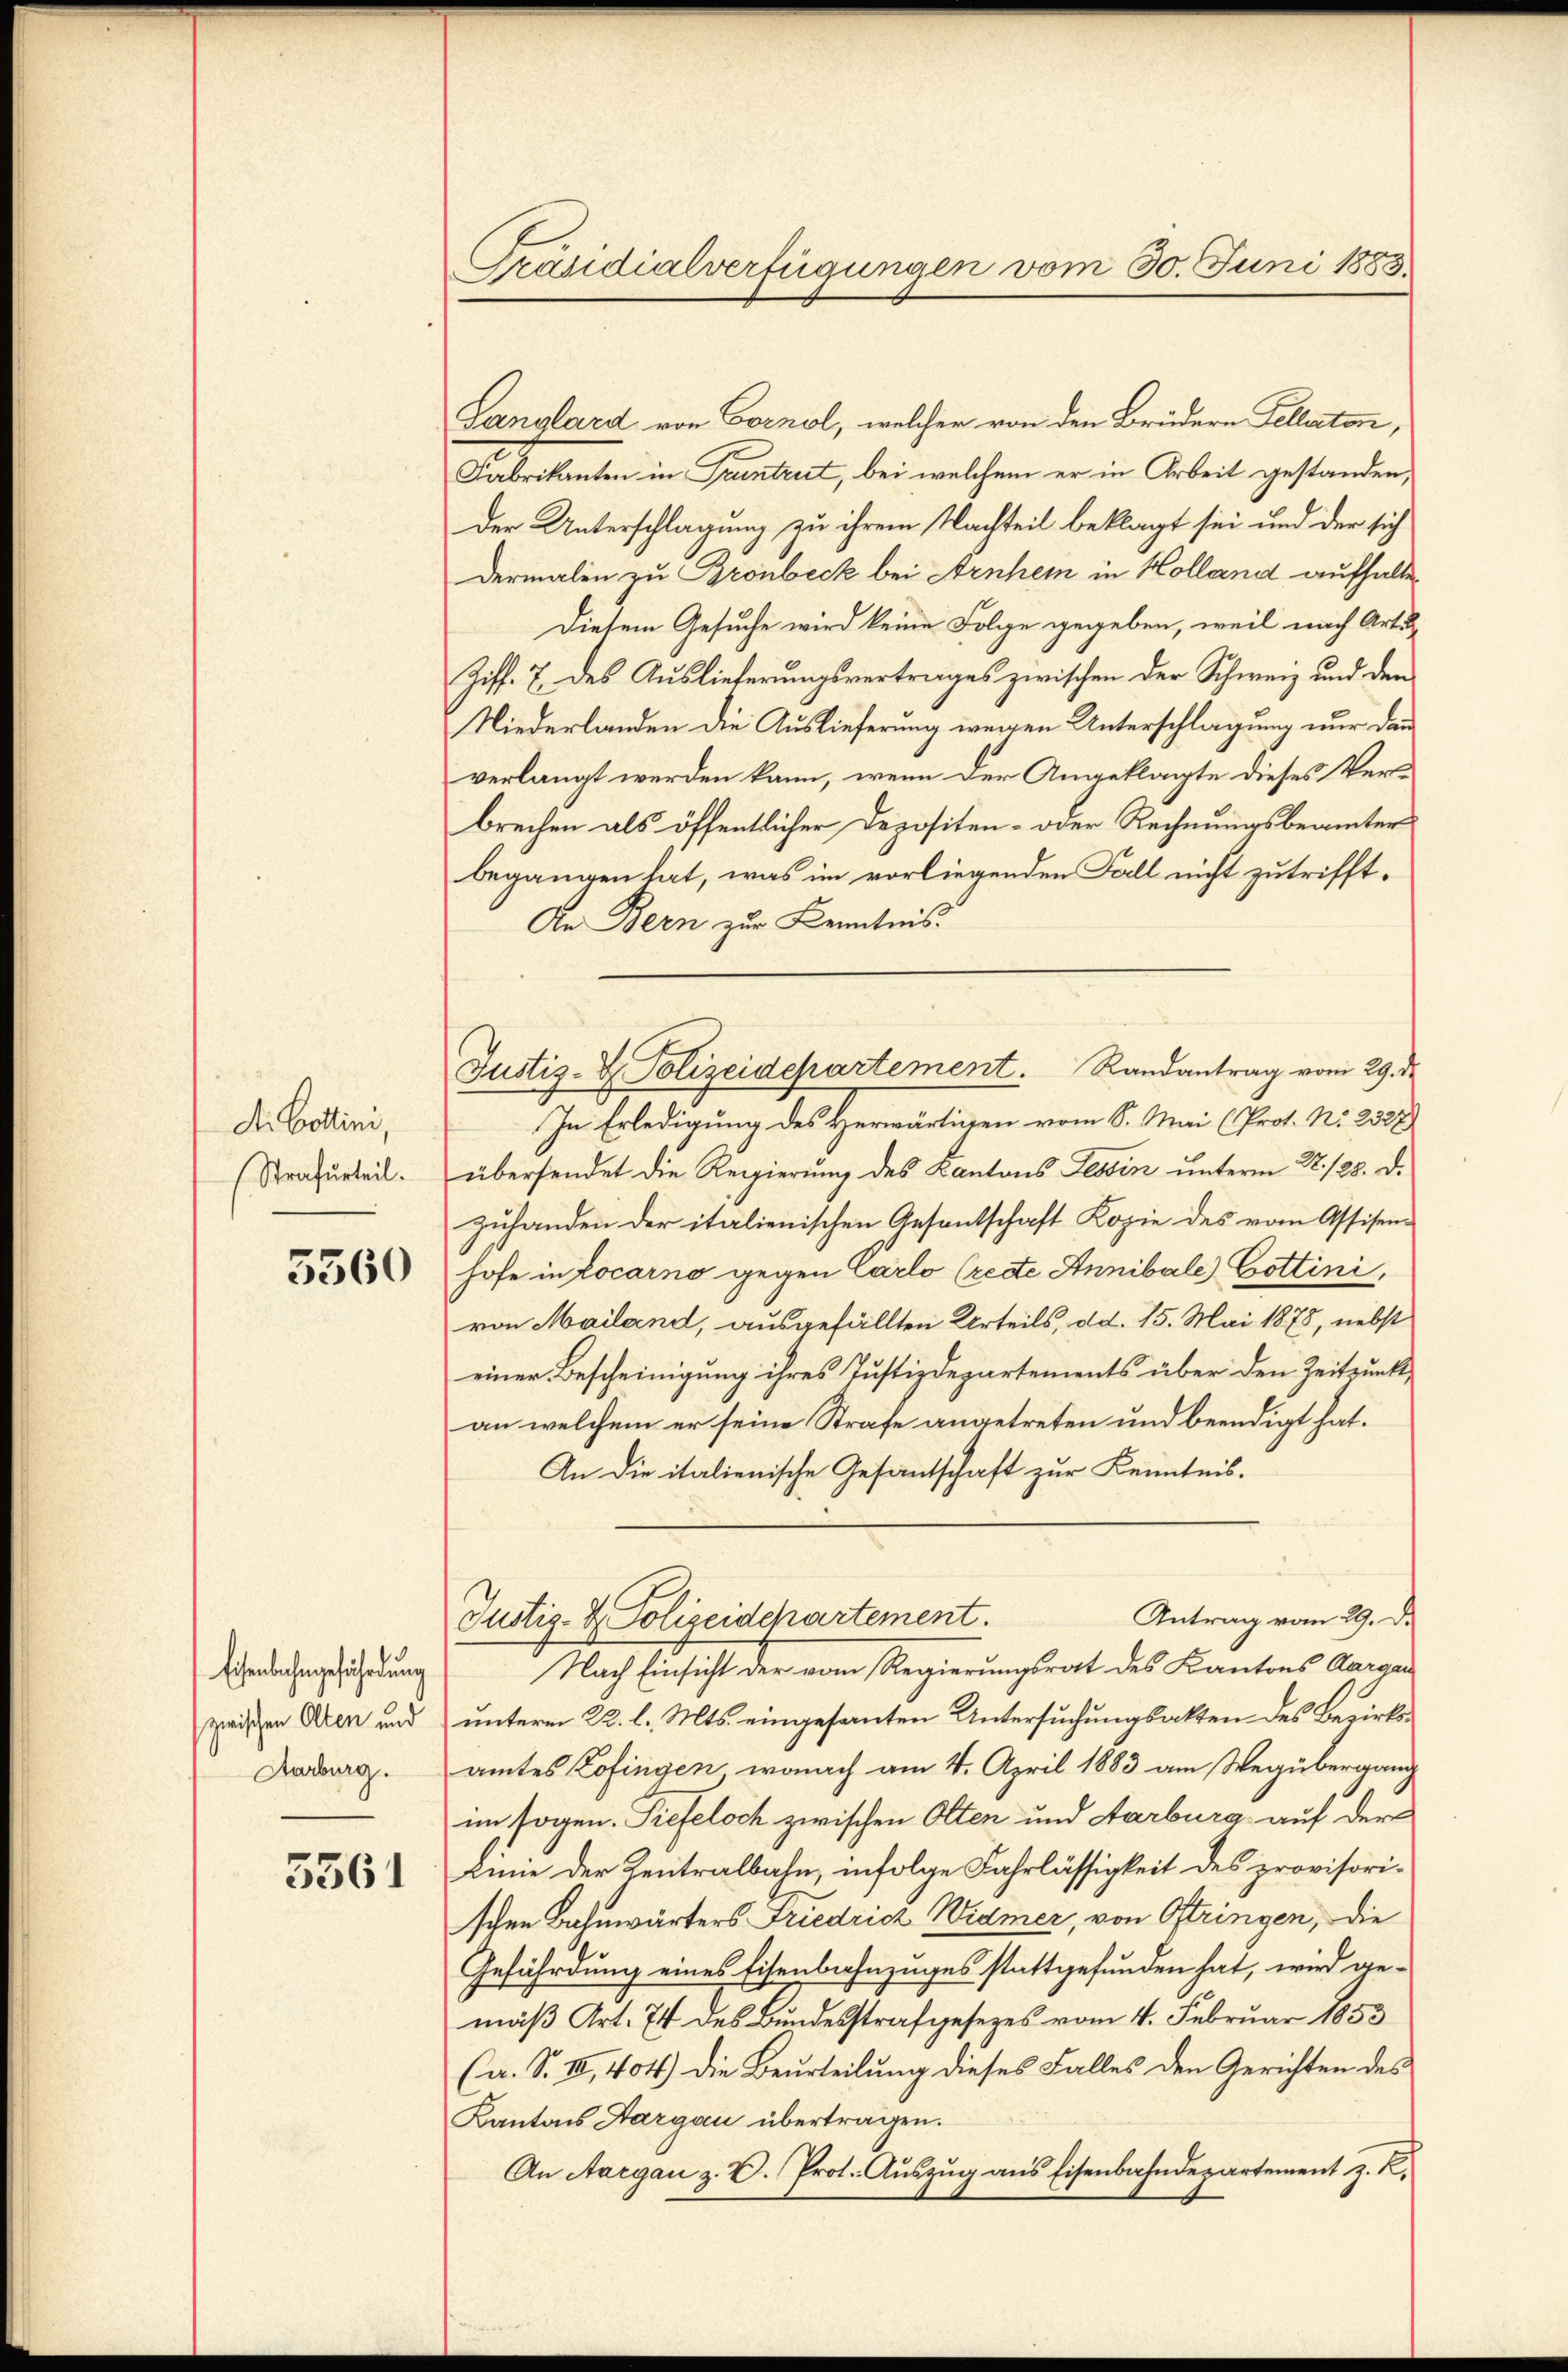
die Bottini,
Strafurteil.

5360

Eisenbahngeführung
zwischen Olten und
Aarburg.

5561

Präsidialverfügungen vom 30. Juni 1883

Sanslard von Cornel, welcher von den Brüdern Fellaten,
Fabrikanten in Prentrut, bei welchem er in Arbeit gestanden,
Der Unterschlagung zu ihrem Nachteil beklagt sei und der sich
dermalen zu Bronbeck bei Arnhem in Holland aufhalte
Diesem Gesuche wird keine Folge gegeben, weil nach Art.
Ziff. 7 des Auslieferungsvertrages zwischen der Schweiz und den
Niederlanden die Auslieferung wegen Unterschlagung nur dann
verlangt werden kann, wenn der Angeklagte dieses Verbrechen als öffentlicher Depositen- oder Rechnungsbeamter
begangen hat, was im vorliegenden Fall nicht zutrifft¬
An Bern zur Kenntnis.
In Erledigung des Herwärtigen vom 8. Mai (Prot. N. 2327)
übersendet die Regierung des Kantons Tessin unterm 22. 128. d.
zuhanden der italienischen Gesantschaft Kopie des vom Assisen-
hofe in Locarno gegen Carlo (recte Annibale) Cottini,
von Mailand, ausgefällten Urteils, dd. 15. Mai 1878, nebst
einer Bescheinigung ihres Justizdepartements über den Zeitpunkt,
an welchem er seine Strafe angetreten und beendigt hat.
An die italienische Gesantschaft zur Kenntnis-
Antrag vom 29. De
Justiz- & Polizeidepartement.
Nach Einsicht der vom Regierungsrat des Kantons Aargau
unterm 22. l. Mts. eingesanten Untersuchungsakten des Bezirksamtes Zofingen, wonach am 4. April 1883 am Wegübergang
im sogen. Siefeloch zwischen Olten und Aarburg auf der
Linne der Zentralbahn, infolge Fahrlässigkeit des provisorischen Bahnwärters Friedrich Widmer, von Oftringen, die
Gefährdung eines Eisenbahnzuges stattgefunden hat, wird gemäß Art. 74 des Bundesstrafgesezes vom 4. Februar 1853
(a. S. II, 404) die Beurteilung dieses Falles den Gerichten des
Kantons Aargau übertragen.
An Aargau z. B. Prot. Auszug aus Eisenbahndepartement z. R.

Justiz- & Polizeidepartement. Randantrag vom 29. d.